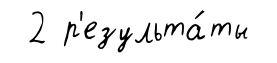
2 р'езульта́ты